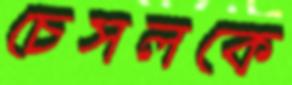
চেসলকে